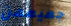
جميعهن